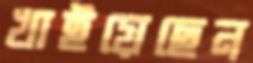
খাইয়েছেন